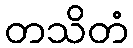
တသိတံ